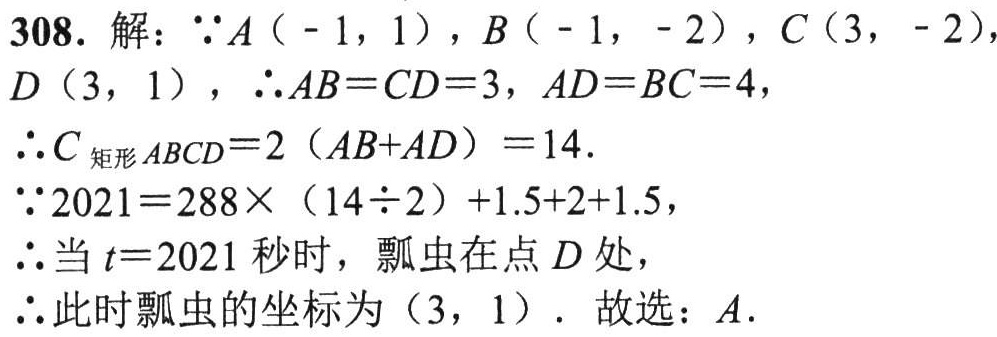
308. 解：\(\because A(-1,1)\)，\(B(-1,-2)\)，\(C(3,-2)\)，\(D(3,1)\)，\(\therefore AB = CD = 3\)，\(AD = BC = 4\)，

\(\therefore C_{矩形ABCD}=2(AB + AD)=14\).

\(\because 2021 = 288\times(14\div2)+1.5 + 2+1.5\)，

\(\therefore\)当\(t = 2021\)秒时，瓢虫在点\(D\)处，

\(\therefore\)此时瓢虫的坐标为\((3,1)\). 故选：\(A\).